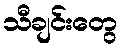
သီချင်းတွေ